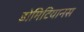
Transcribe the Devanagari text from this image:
डोमिटियानस